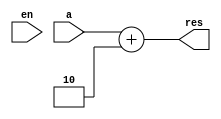
module adderpc (a, en, res);

// Inputs
input 	[15: 0]	a;
input					en;

// Outputs
output 	[15: 0]	res;

// Registers
reg		[15: 0]	res;
reg		[15: 0]	b;

// Parameters
always@(*)
begin
	b = 16'b0000000000000010;
	res = a+b;
end

endmodule